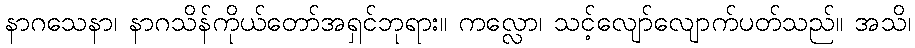
နာဂသေနာ၊ နာဂသိန်ကိုယ်တော်အရှင်ဘုရား။ ကလ္လော၊ သင့်လျော်လျောက်ပတ်သည်။ အသိ၊